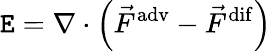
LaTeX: \mathtt{E}=\nabla\cdot\left(\vec{{F}}^{\mathrm{{adv}}}-\vec{{F}}^{\mathrm{{dif}}}\right)